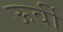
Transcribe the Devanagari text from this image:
ऊर्वी